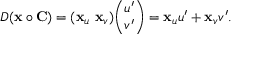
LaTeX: D ( \mathbf { x } \circ \mathbf { C } ) = ( \mathbf { x } _ { u } \ \mathbf { x } _ { v } ) { \binom { u ^ { \prime } } { v ^ { \prime } } } = \mathbf { x } _ { u } u ^ { \prime } + \mathbf { x } _ { v } v ^ { \prime } .